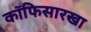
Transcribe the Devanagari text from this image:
कॉफिसारखा